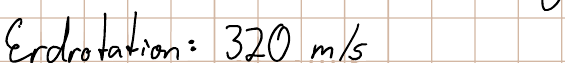
Erdrotation: 320 m/s